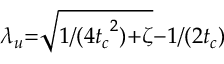
{ \lambda _ { u } } { = } \sqrt { 1 / ( { 4 t _ { c } } ^ { 2 } ) { + } \zeta } { - } 1 / ( 2 t _ { c } )